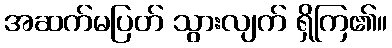
အဆက်မပြတ် သွားလျက် ရှိကြ၏။